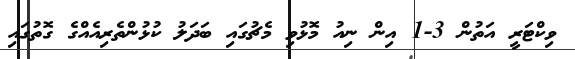
ވިކްޓަރީ އަތުން 3-1 އިން ނިއު މޮޅުވި މެޗުގައި ބަދަލު ކުޅުންތެރިއެއްގެ ގޮތުގައި